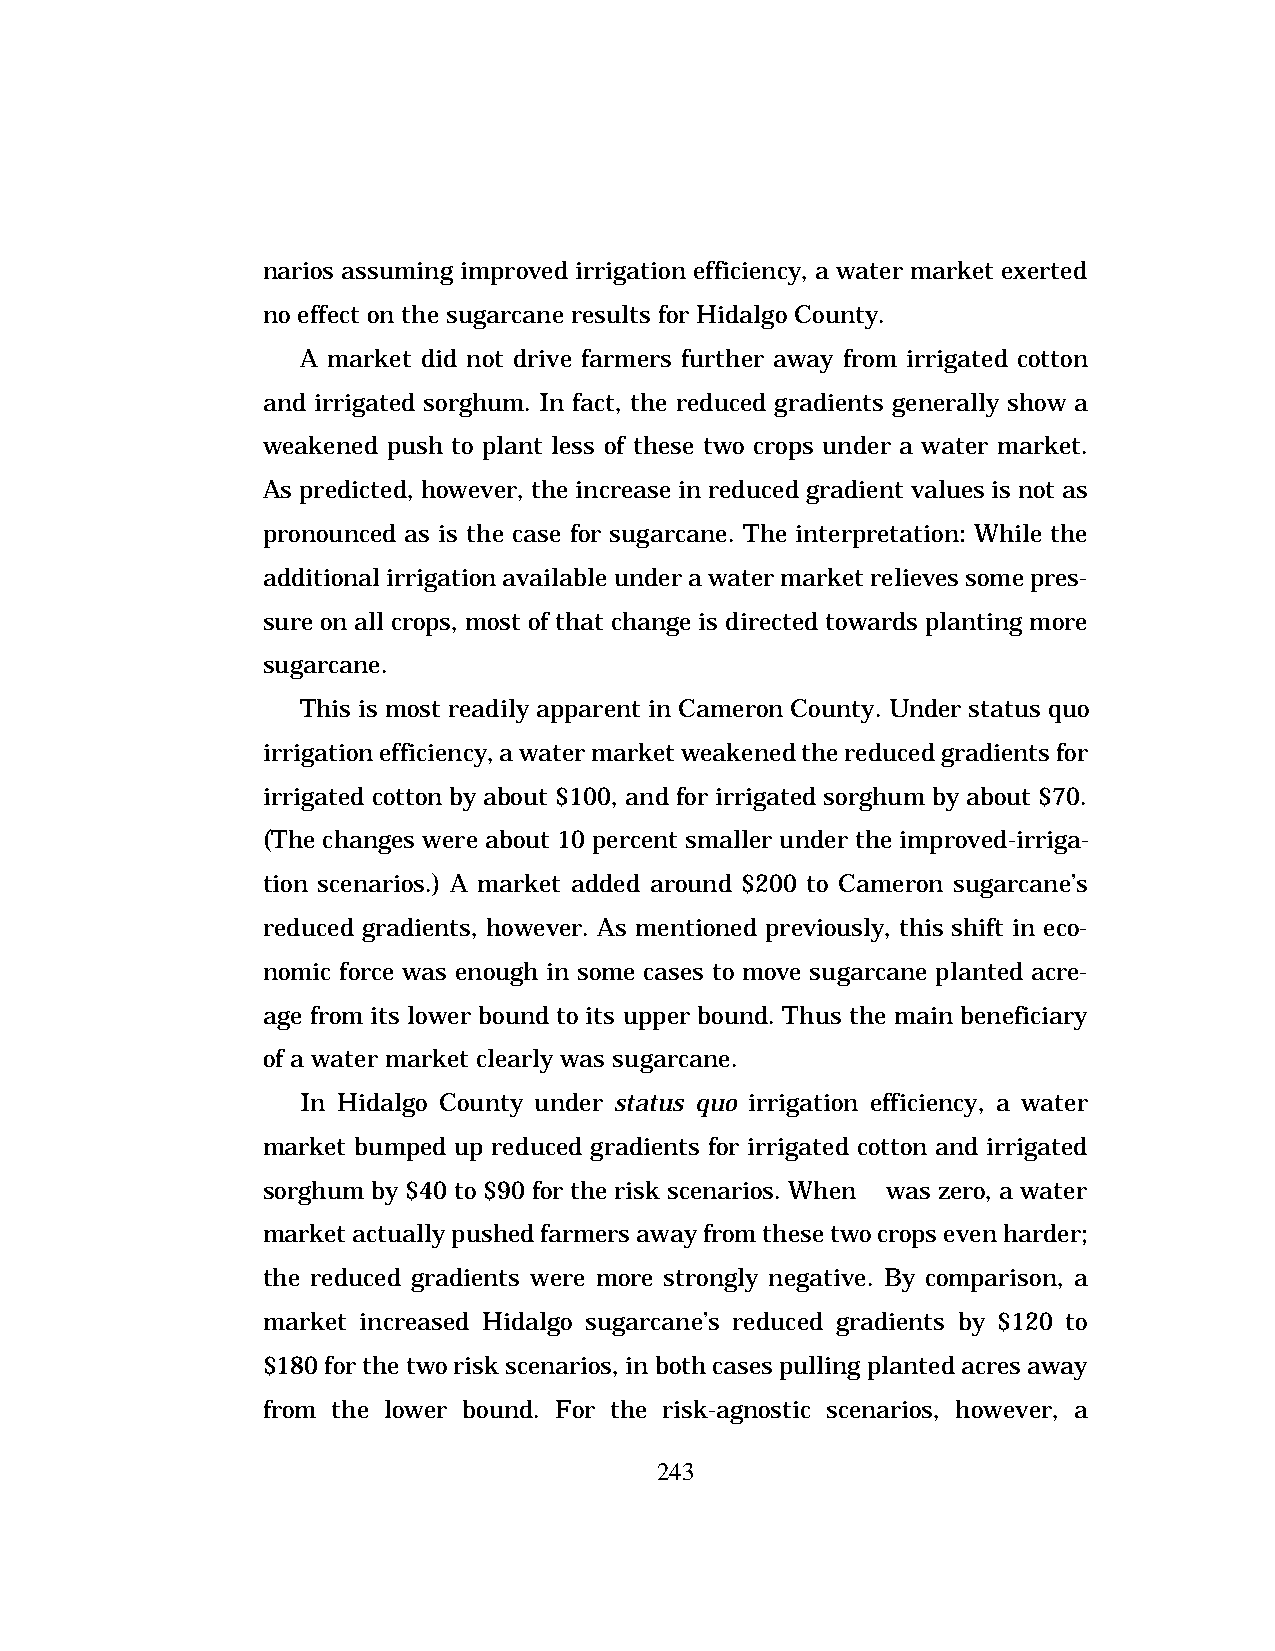
narios assuming improved irrigation efficiency, a water market exerted
 no effect on the sugarcane results for Hidalgo County.
 A market did not drive farmers further away from irrigated cotton
 and irrigated sorghum. In fact, the reduced gradients generally show a
 weakened push to plant less of these two crops under a water market.
 As predicted, however, the increase in reduced gradient values is not as
 pronounced as is the case for sugarcane. The interpretation: While the
 additional irrigation available under a water market relieves some pres-
 sure on all crops, most of that change is directed towards planting more
 sugarcane.
 This is most readily apparent in Cameron County. Under status quo
 irrigation efficiency, a water market weakened the reduced gradients for
 irrigated cotton by about $100, and for irrigated sorghum by about $70.
 (The changes were about 10 percent smaller under the improved-irriga-
 tion scenarios.) A market added around $200 to Cameron sugarcane’s
 reduced gradients, however. As mentioned previously, this shift in eco-
 nomic force was enough in some cases to move sugarcane planted acre-
 age from its lower bound to its upper bound. Thus the main beneficiary
 of a water market clearly was sugarcane.
 In Hidalgo County under status quo irrigation efficiency, a water
 market bumped up reduced gradients for irrigated cotton and irrigated
 sorghum by $40 to $90 for the risk scenarios. When l was zero, a water
 market actually pushed farmers away from these two crops even harder;
 the reduced gradients were more strongly negative. By comparison, a
 market increased Hidalgo sugarcane’s reduced gradients by $120 to
 $180 for the two risk scenarios, in both cases pulling planted acres away
 from the lower bound. For the risk-agnostic scenarios, however, a
 243